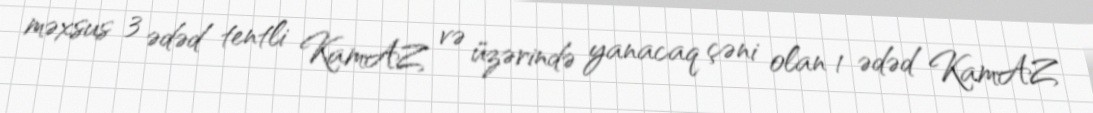
məxsus 3 ədəd tentli KamAZ və üzərində yanacaq çəni olan 1 ədəd KamAZ